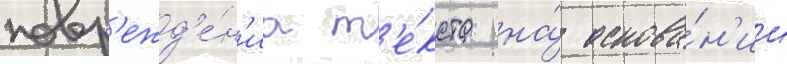
повр'ежд'е́н'иа т'е́кста на́ основа́н'ии